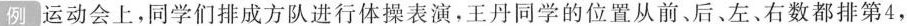
例 运动会上，同学们排成方队进行体操表演，王丹同学的位置从前、后、左、右数都排第4，